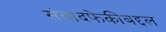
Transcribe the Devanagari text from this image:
संवादफेकीबद्दल